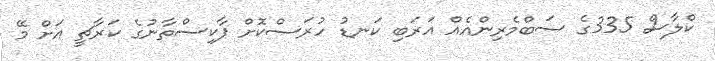
ކްލާސް 335ގެ ސަބްމެރިންއެއް އަރަބި ކަނޑު ހުރަސްކޮށް ޕާކިސްތާނުގެ ކަރާޗީ އަށް މޭ